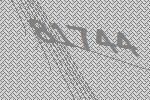
81744